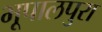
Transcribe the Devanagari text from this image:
भूपालपुरा